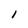
Character: l